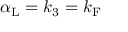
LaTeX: \alpha _ { \mathrm { { L } } } = k _ { 3 } = k _ { \mathrm { { F } } }